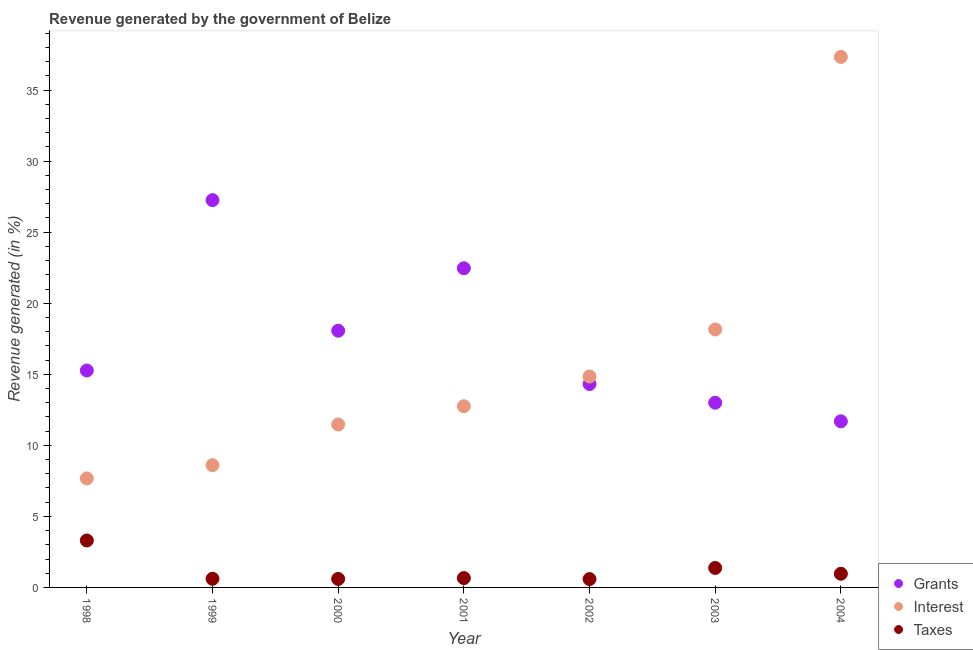
| Year | Grants | Interest | Taxes |
 | --- | --- | --- | --- |
 | 1998 | 15.3 | 7.67 | 3.3 |
 | 1999 | 27.3 | 8.6 | 0.609 |
 | 2000 | 18.1 | 11.5 | 0.598 |
 | 2001 | 22.5 | 12.8 | 0.657 |
 | 2002 | 14.3 | 14.8 | 0.588 |
 | 2003 | 13 | 18.2 | 1.37 |
 | 2004 | 11.7 | 37.3 | 0.963 |